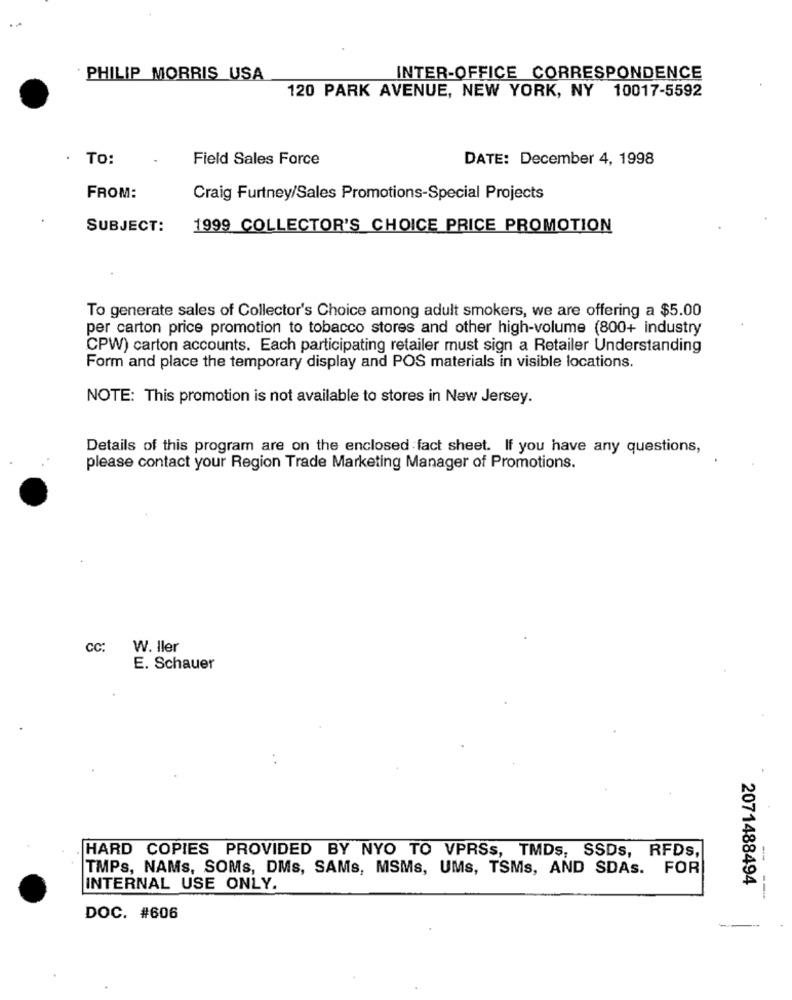
PHILIP MORRIS USA
INTER-OFFICE CORRESPONDENCE
120 PARK AVENUE, NEW YORK, NY 10017-5592
To:
Field Sales Force
DATE: December 4, 1998
FROM:
Craig Furtney/Sales Promotions-Special Projects
SUBJECT:
1999 COLLECTOR'S CHOICE PRICE PROMOTION
To generate sales of Collector's Choice among adult smokers, we are offering a $5.00
per carton price promotion to tobacco stores and other high-volume (800+ industry
CPW) carton accounts. Each participating retailer must sign a Retailer Understanding
Form and place the temporary display and POS materials in visible locations.
NOTE: This promotion is not available to stores in New Jersey.
Details of this program are on the enclosed fact sheet. If you have any questions,
please contact your Region Trade Marketing Manager of Promotions.
CC:
W. Iler
E. Schauer
HARD COPIES PROVIDED BY NYO TO VPRSs, TMDs, SSDs, RFDS,
TMPs, NAMs, SOMs, DMs, SAMs, MSMs, UMs, TSMs, AND SDAS. FOR
2071488494
INTERNAL USE ONLY.
---
DOC. #606
---